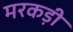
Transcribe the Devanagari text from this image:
मरकड़ी